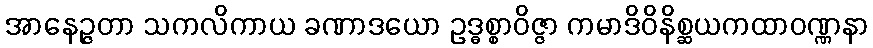
အာနေဉ္ဇတာ သကလိကာယ ခဏာဒယော ဥဒ္ဓစ္စာဝိဇ္ဇာ ကမာဒိဝိနိစ္ဆယကထာဝဏ္ဏနာ